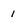
Character: 1